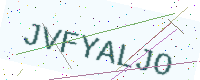
Text: JVFYALJO